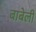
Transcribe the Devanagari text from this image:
बाबेली